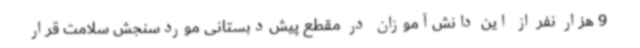
9 هزار نفر از این دانش‌آموزان در مقطع پیش‌دبستانی موردسنجش سلامت قرار